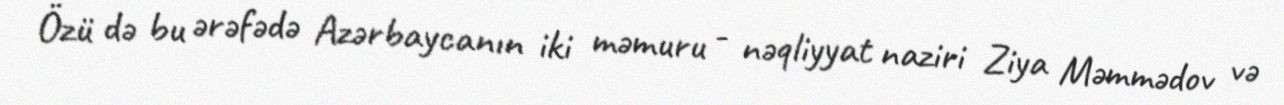
Özü də bu ərəfədə Azərbaycanın iki məmuru - nəqliyyat naziri Ziya Məmmədov və